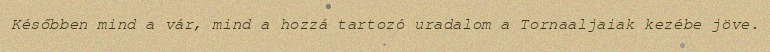
Későbben mind a vár, mind a hozzá tartozó uradalom a Tornaaljaiak kezébe jöve.